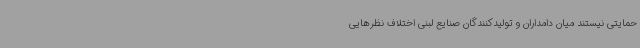
حمایتی نیستند میان دامداران و تولیدکنندگان صنایع لبنی اختلاف نظرهایی